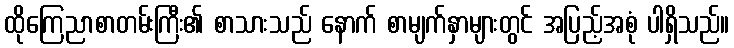
ထိုကြေညာစာတမ်းကြီး၏ စာသားသည် နောက် စာမျက်နှာများတွင် အပြည့်အစုံ ပါရှိသည်။